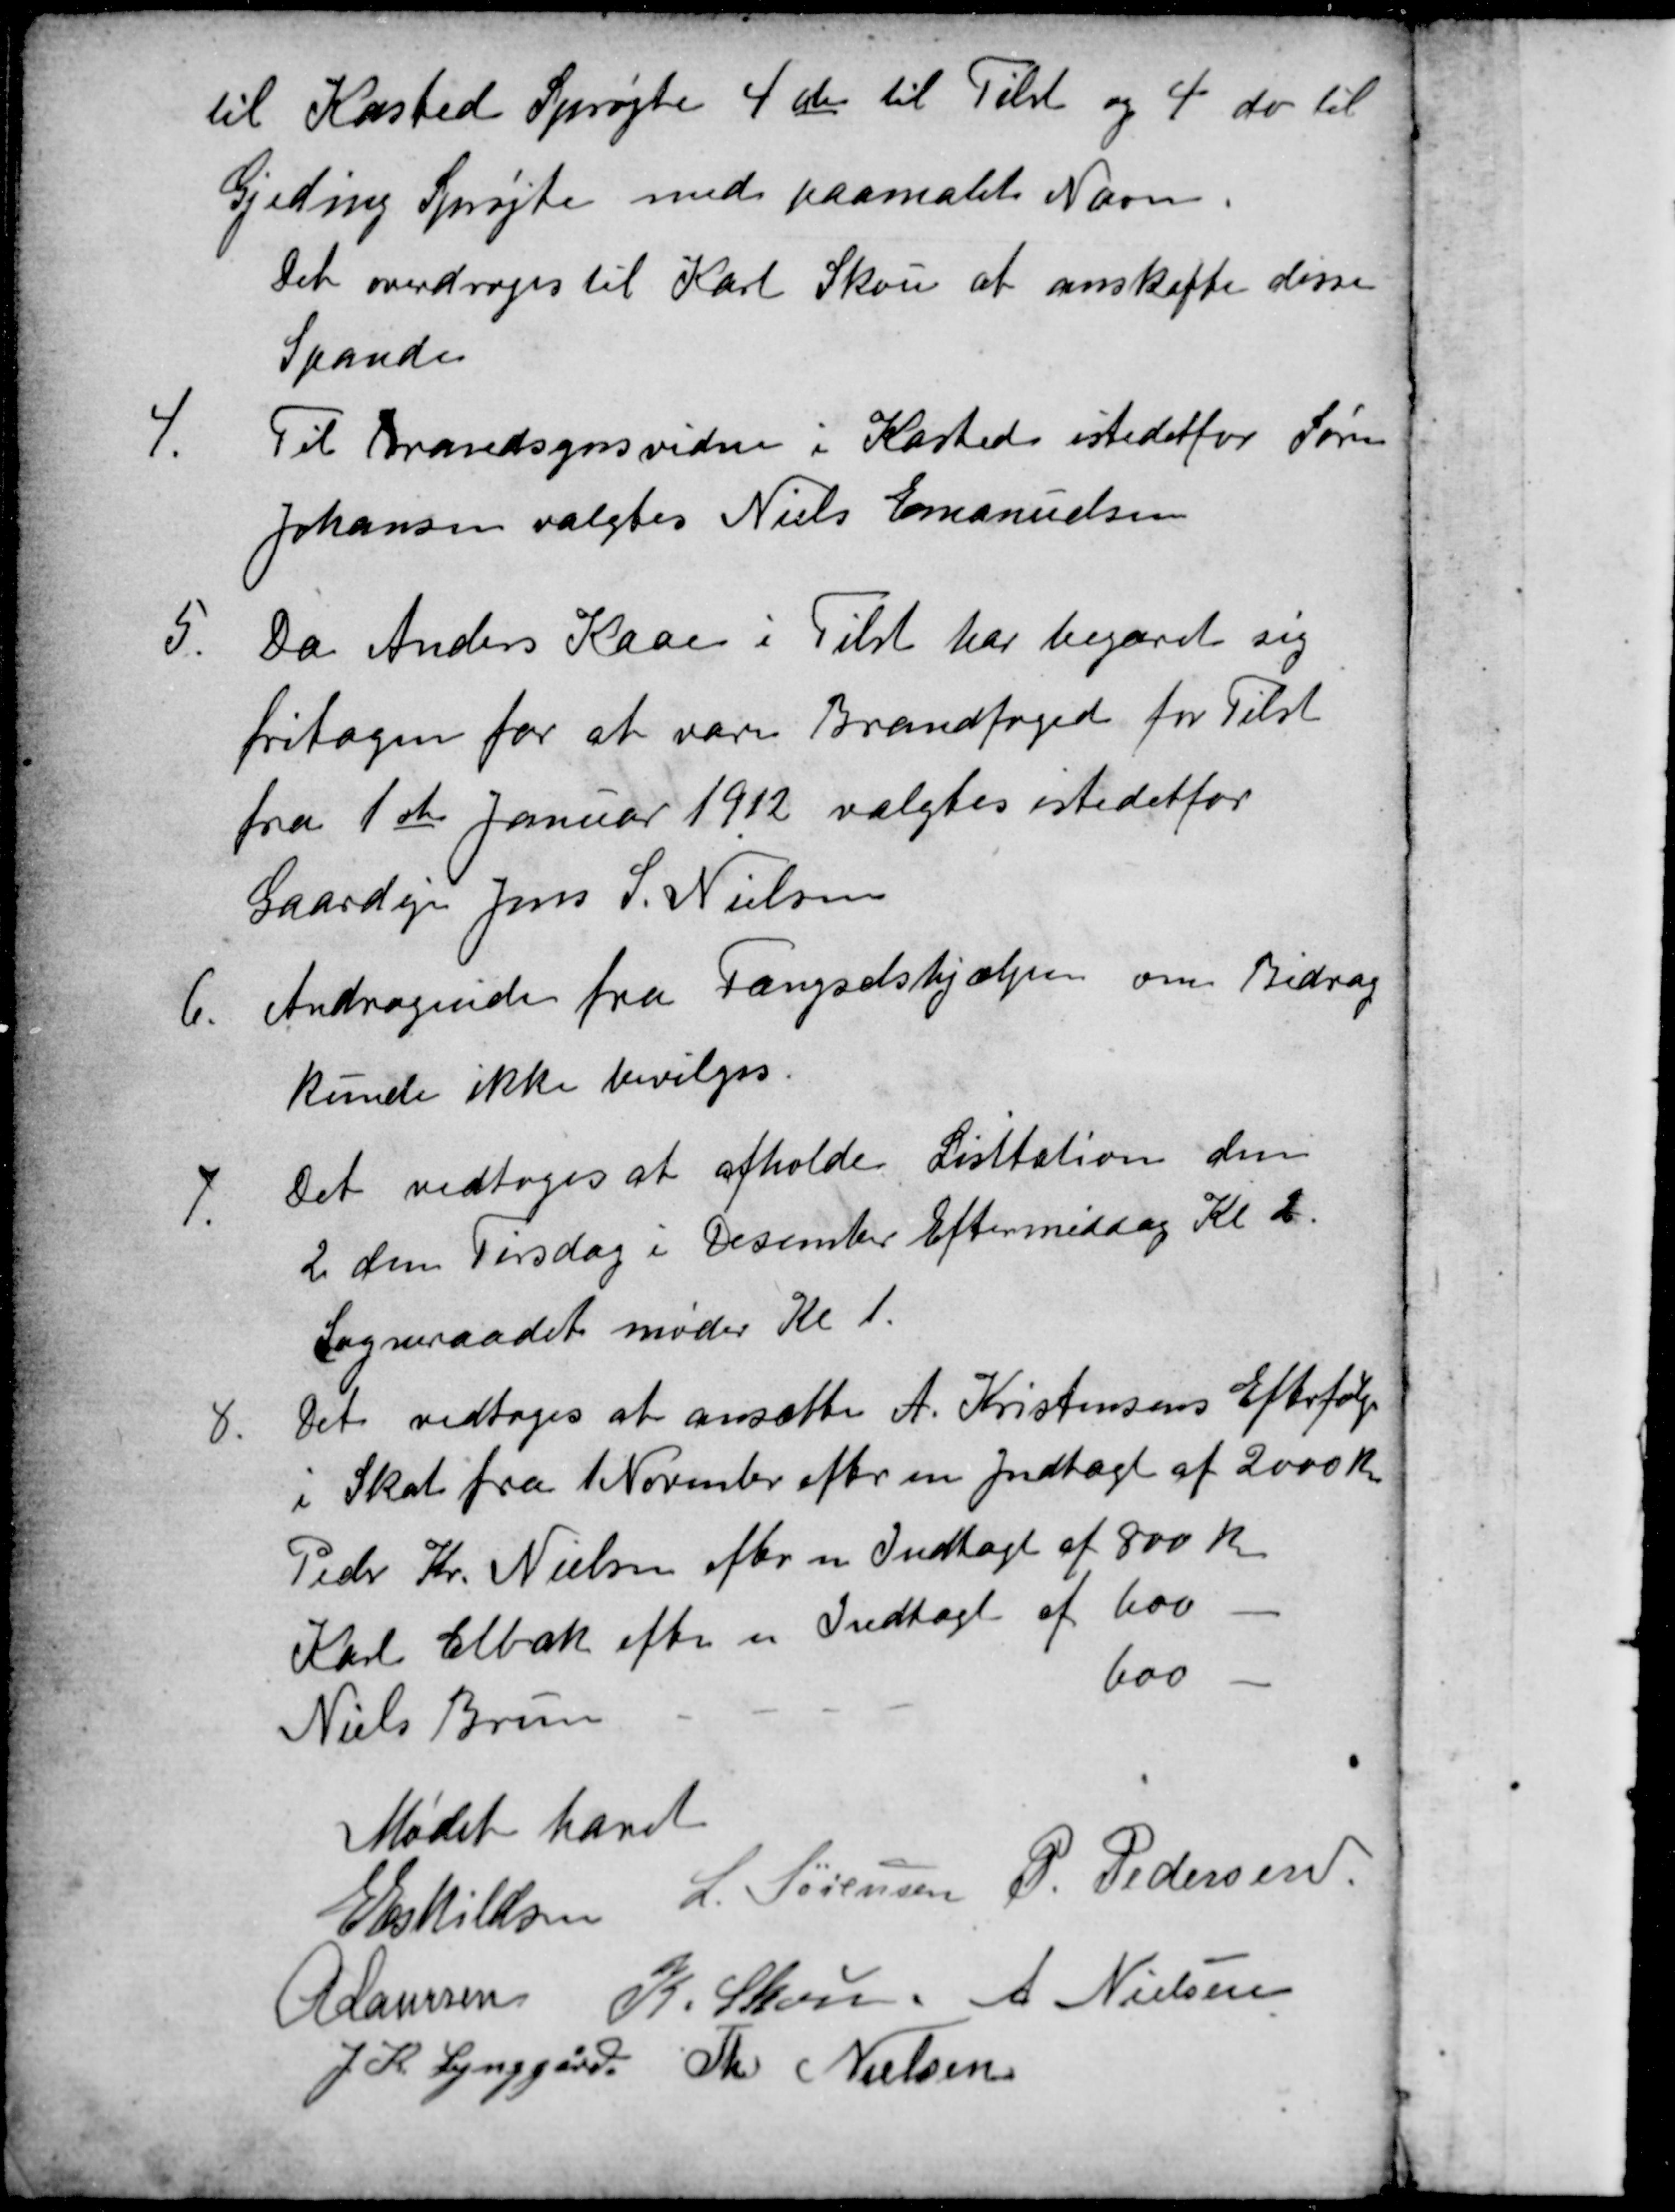
Transskription:
til Kasted Sprøjte 4 do til Tilst og 4 do til
Gjeding Sprøjte med paamalet Navn.
Det overdroges til Karl Skou at anskaffe disse
Spande
4.
Til Brandsynsvidne i Kasted istedetfor Søren
Johansen valgtes Niels Emanuelsen
5.
Da Anders Kaae i Tilst har begæret sig
fritagen for at være Brandfoged for Tilst
fra 1ste Januar 1912 valgtes istedetfor
Gaardejer Jens S. Nielsen
6
Andragende fra Fængselshjælpen om Bidrag
kunde ikke bevilges.
7.
Det vedtoges at afholde Lisitation den
2 den Tirsdag i December Eftermiddag Kl. 2.
Sogneraadet møder Kl 1.
8.
Det vedtoges at ansætte A. Kristensens Efterfølger
i Skat fra 1 November efter en Indtægt af 2000 Kr.
Peder Kr. Nielsen efter en Indtægt af 800 Kr
Karl Elbæk efter en Indtægt af 600
Niels Brun
600 
Mødet hævet
E Eskildsen
L. Sørensen
P. Pedersen
A Laursen
A Nielsen
J. K. Lynggård
Th Nielsen